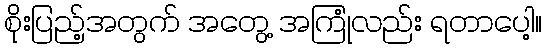
စိုးပြည့်အတွက် အတွေ့ အကြုံလည်း ရတာပေါ့။